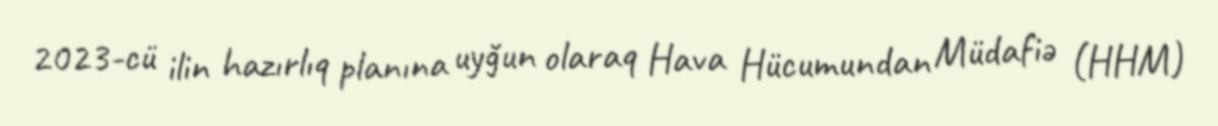
2023-cü ilin hazırlıq planına uyğun olaraq Hava Hücumundan Müdafiə (HHM)